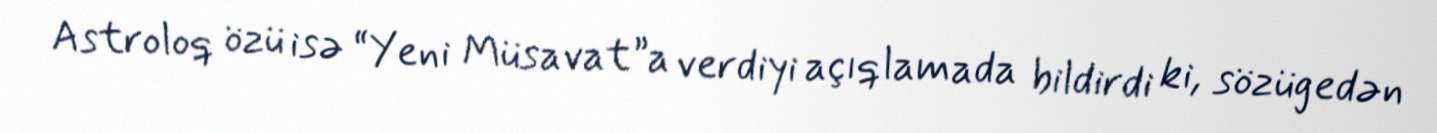
Astroloq özü isə “Yeni Müsavat”a verdiyi açıqlamada bildirdi ki, sözügedən